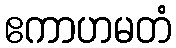
ဧကာဟမတံ